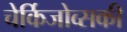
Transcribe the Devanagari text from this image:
चेर्किजोव्सकी